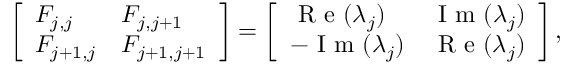
\left[ \begin{array} { l l } { F _ { j , j } } & { F _ { j , j + 1 } } \\ { F _ { j + 1 , j } } & { F _ { j + 1 , j + 1 } } \end{array} \right] = \left[ \begin{array} { l l } { \mathrm { ~ R ~ e ~ } ( \lambda _ { j } ) } & { \mathrm { ~ I ~ m ~ } ( \lambda _ { j } ) } \\ { - \mathrm { ~ I ~ m ~ } ( \lambda _ { j } ) } & { \mathrm { ~ R ~ e ~ } ( \lambda _ { j } ) } \end{array} \right] ,